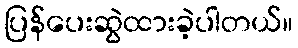
ပြန်ပေးဆွဲထားခဲ့ပါတယ်။